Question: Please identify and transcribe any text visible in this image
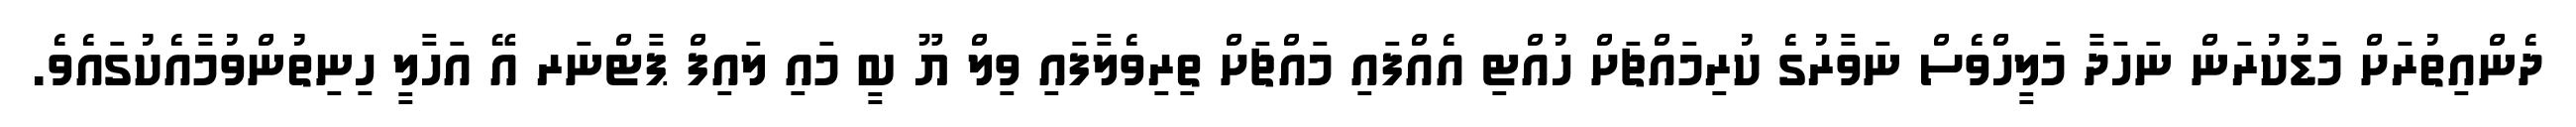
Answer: ދެންއިތުރަށް މަޑުކުރަން ނަހަދާ މަލީހްވެސް ނަވާރުގެ ކުރިމައްޗަށް ހުއްޓި އެއްފައި މައްޗަށް ތިރިވެލާފައި ވިލް ޔޫ ބީ މައި ލައިފް ޕާޓްނަރ އޭ އަހާލީ ހިނިތުންވުމާއެކުގައެވެ.